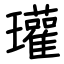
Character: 瓘